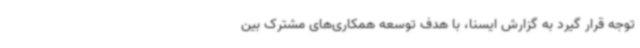
توجه قرار گیرد به گزارش ایسنا، با هدف توسعه همکاری‌های مشترک بین‌